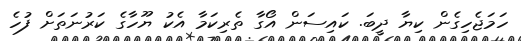
ހަމަޖެހިގެން ކިޔާ ދީބަ. ކައިސަން އޯގާ ތެރިކަމާ އެކު ޔޫހާގެ ކަރުނަތަށް ފުހެ